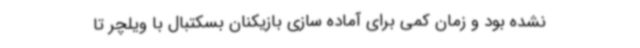
نشده بود و زمان کمی برای آماده سازی بازیکنان بسکتبال با ویلچر تا